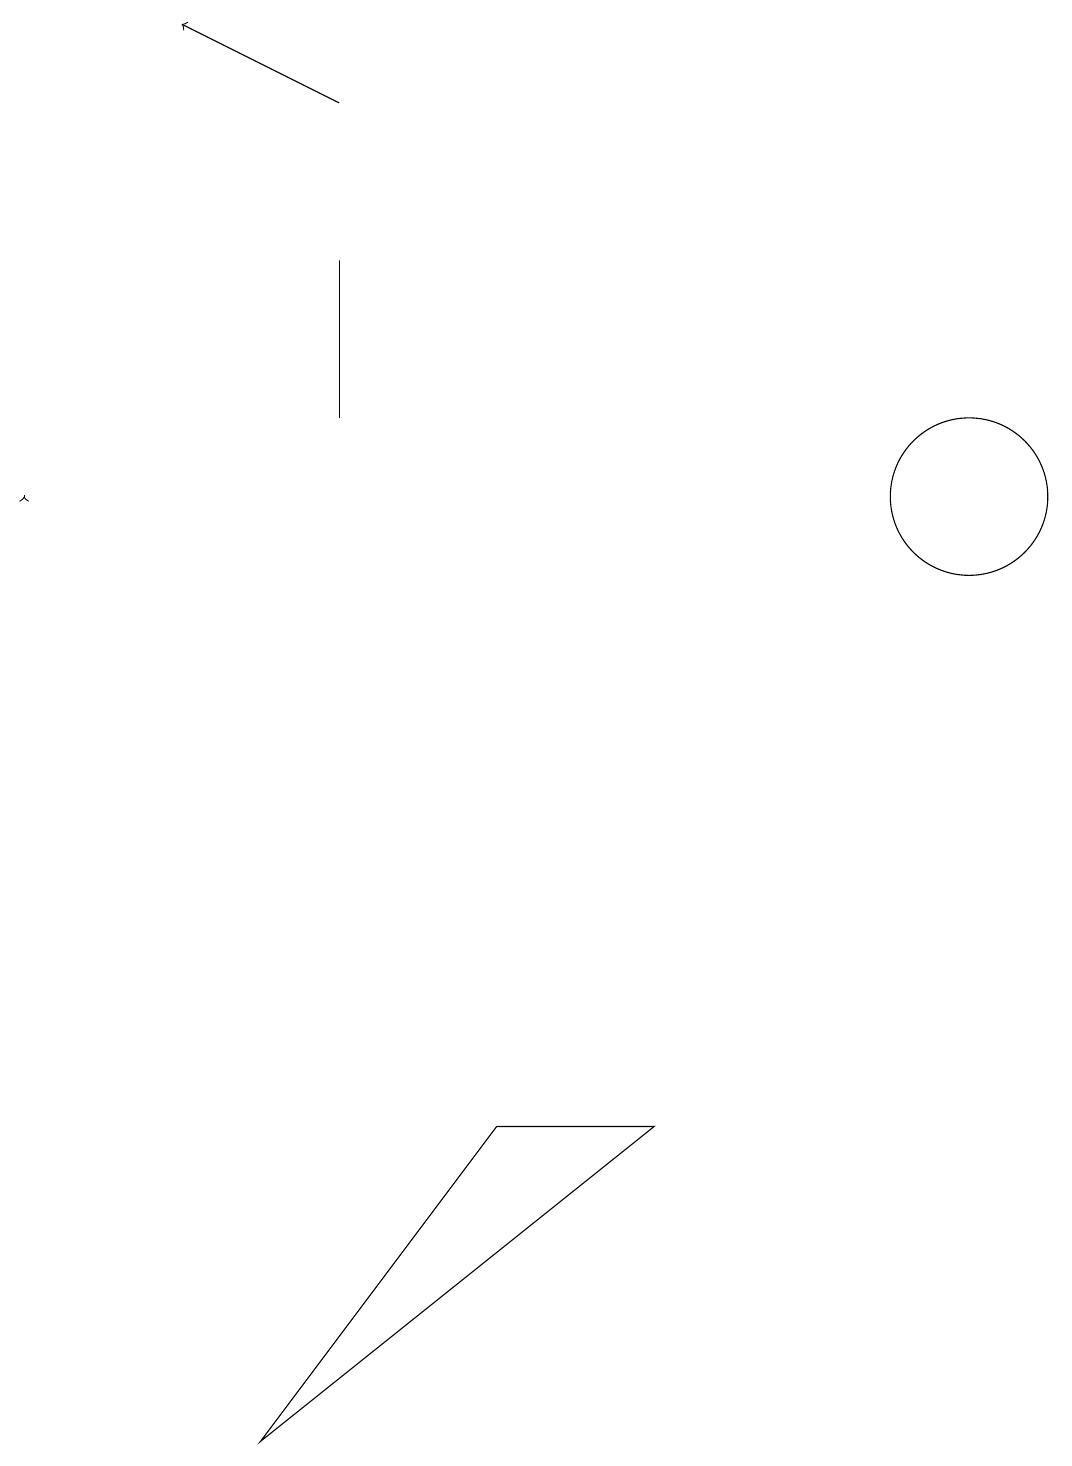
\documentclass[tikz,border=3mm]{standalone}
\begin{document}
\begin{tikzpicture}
\draw (12,12) circle (1);
\draw (3,0) -- (6,4) -- (8,4) -- cycle;
\draw (4,15) rectangle (4,13);
\draw[->] (0,12) -- (0,12);
\draw[->] (4,17) -- (2,18);
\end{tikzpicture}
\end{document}